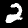
Label: 2